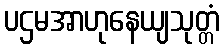
ပဌမအာဟုနေယျသုတ္တံ